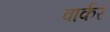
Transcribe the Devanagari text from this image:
वार्कर